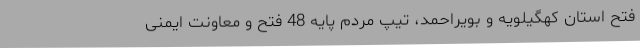
فتح استان کهگیلویه و بویراحمد، تیپ مردم پایه 48 فتح و معاونت ایمنی